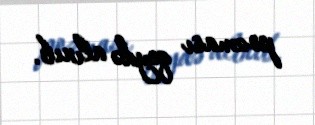
pozması qeydə alınıb.